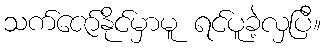
သက်ဇော်နိုင်မှာမူ ရင်ပူခဲ့လှပြီ။